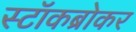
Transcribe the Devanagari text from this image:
स्टॉकब्रोकर